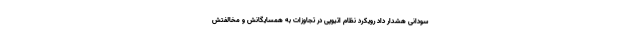
سودانی هشدار داد رویکرد نظام اتیوپی در تجاوزات به همسایگانش و مخالفتش